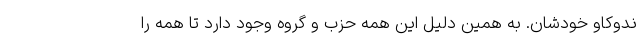
ندوکاو خودشان. به همین دلیل این همه حزب و گروه وجود دارد تا همه را